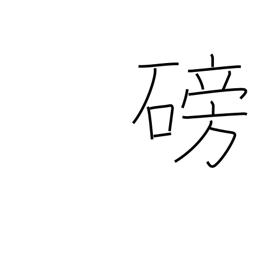
Meaning: become obstructed